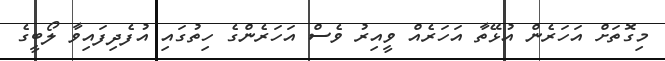
މިގޮތަށް އަހަރެން އުޅޭތާ އަހަރެއް ވީއިރު ވެސް އަހަރެންގެ ހިތުގައި އުފެދިފައިވާ ލޯބީގެ